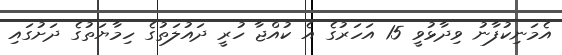
އެމަނިކުފާނު ވިދާޅުވީ 15 އަހަރުގެ އެ ކުއްޖާ ހުރީ ދައުލަތުގެ ހިމާޔަތުގެ ދަށުގައި